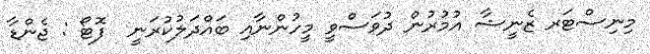
މިނިސްޓަރ ޒެނީޝާ އުމުރުން ދުވަސްވީ މީހުންނާއި ބައްދަލުކުރަނީ  ފޮޓޯ : ޖެންޑާ